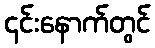
၎င်းနောက်တွင်